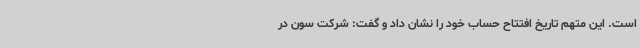
است. این متهم تاریخ افتتاح حساب خود را نشان داد و گفت: شرکت سون در